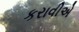
કરાવીએ